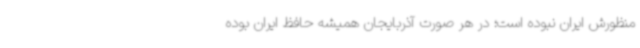
منظورش ایران نبوده است؛ در هر صورت آذربایجان همیشه حافظ ایران بوده